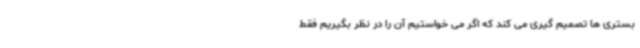
بستری ها تصمیم گیری می کند که اگر می خواستیم آن را در نظر بگیریم فقط